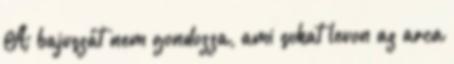
A bajuszát nem gondozza, ami sokat levon az arca